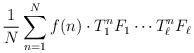
\begin{align*}\frac{1}{N}\sum_{n=1}^N f(n)\cdot T_1^nF_1\cdots T_\ell^nF_\ell\end{align*}